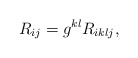
\begin{align*} R_{ij} = g^{kl} R_{iklj},\end{align*}